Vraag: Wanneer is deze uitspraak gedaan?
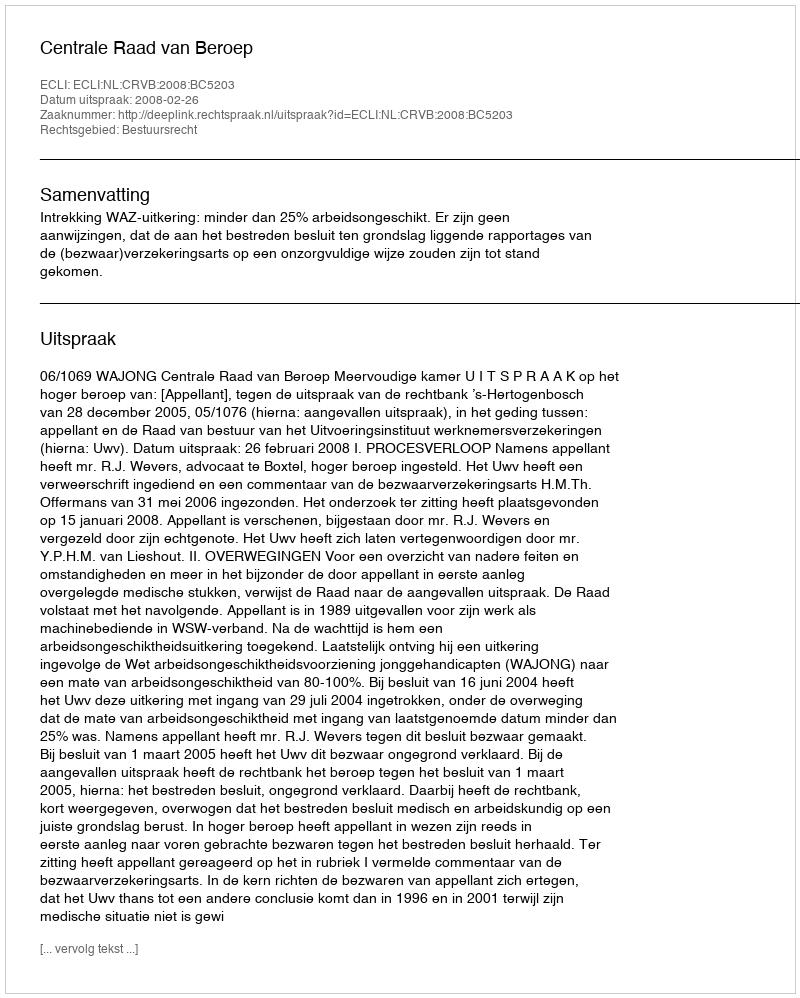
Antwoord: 2008-02-26